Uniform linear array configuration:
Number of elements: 32
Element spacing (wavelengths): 0.75
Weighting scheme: uniform
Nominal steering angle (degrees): -60
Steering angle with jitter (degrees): -60.559
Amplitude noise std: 0.05
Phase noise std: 0.05

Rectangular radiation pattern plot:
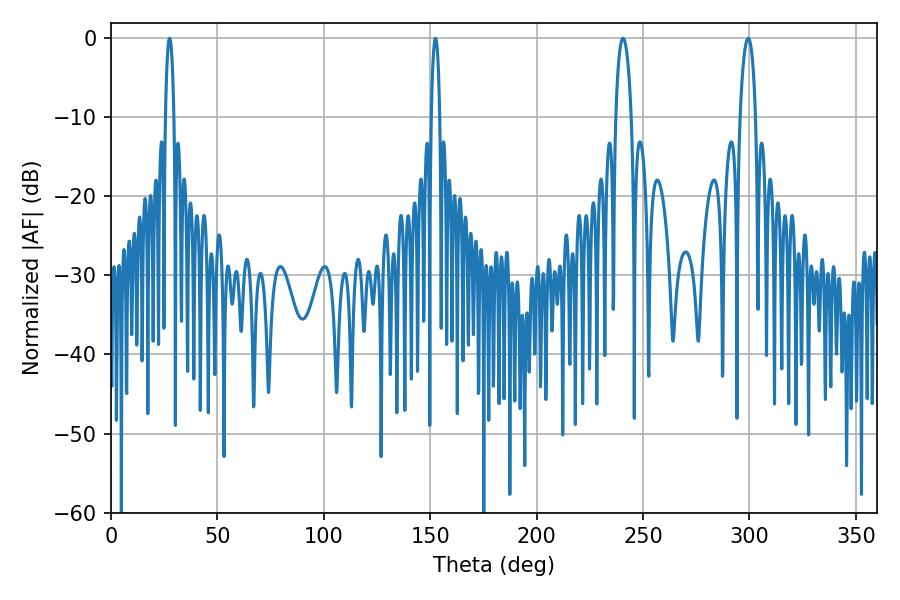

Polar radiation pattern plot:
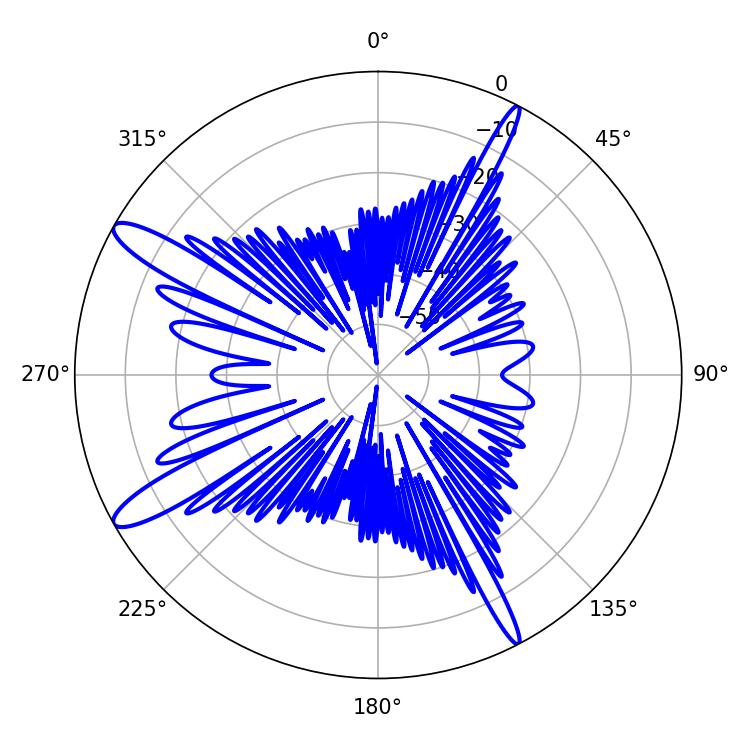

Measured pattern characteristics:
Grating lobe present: TRUE
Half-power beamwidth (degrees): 2.16
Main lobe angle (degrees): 27.54